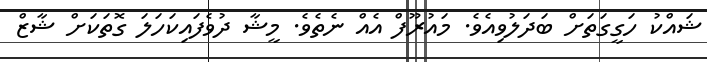
ޝައްކު ހަގީގަތަށް ބަދަލުވިއެވެ. މައުރޫފް އެއް ނެތެވެ. މީޝާ ދުވެފައިކަހަލަ ގޮތަކަށް ޝާޒް